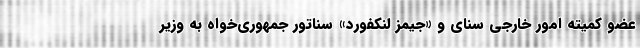
عضو کمیته امور خارجی سنای و «جیمز لنکفورد» سناتور جمهوری‌خواه به وزیر